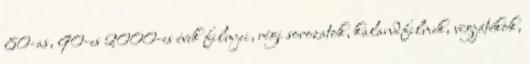
80-as, 90-es 2000-es évek filmjei, régi sorozatok, kalandfilmek, vígjátékok,